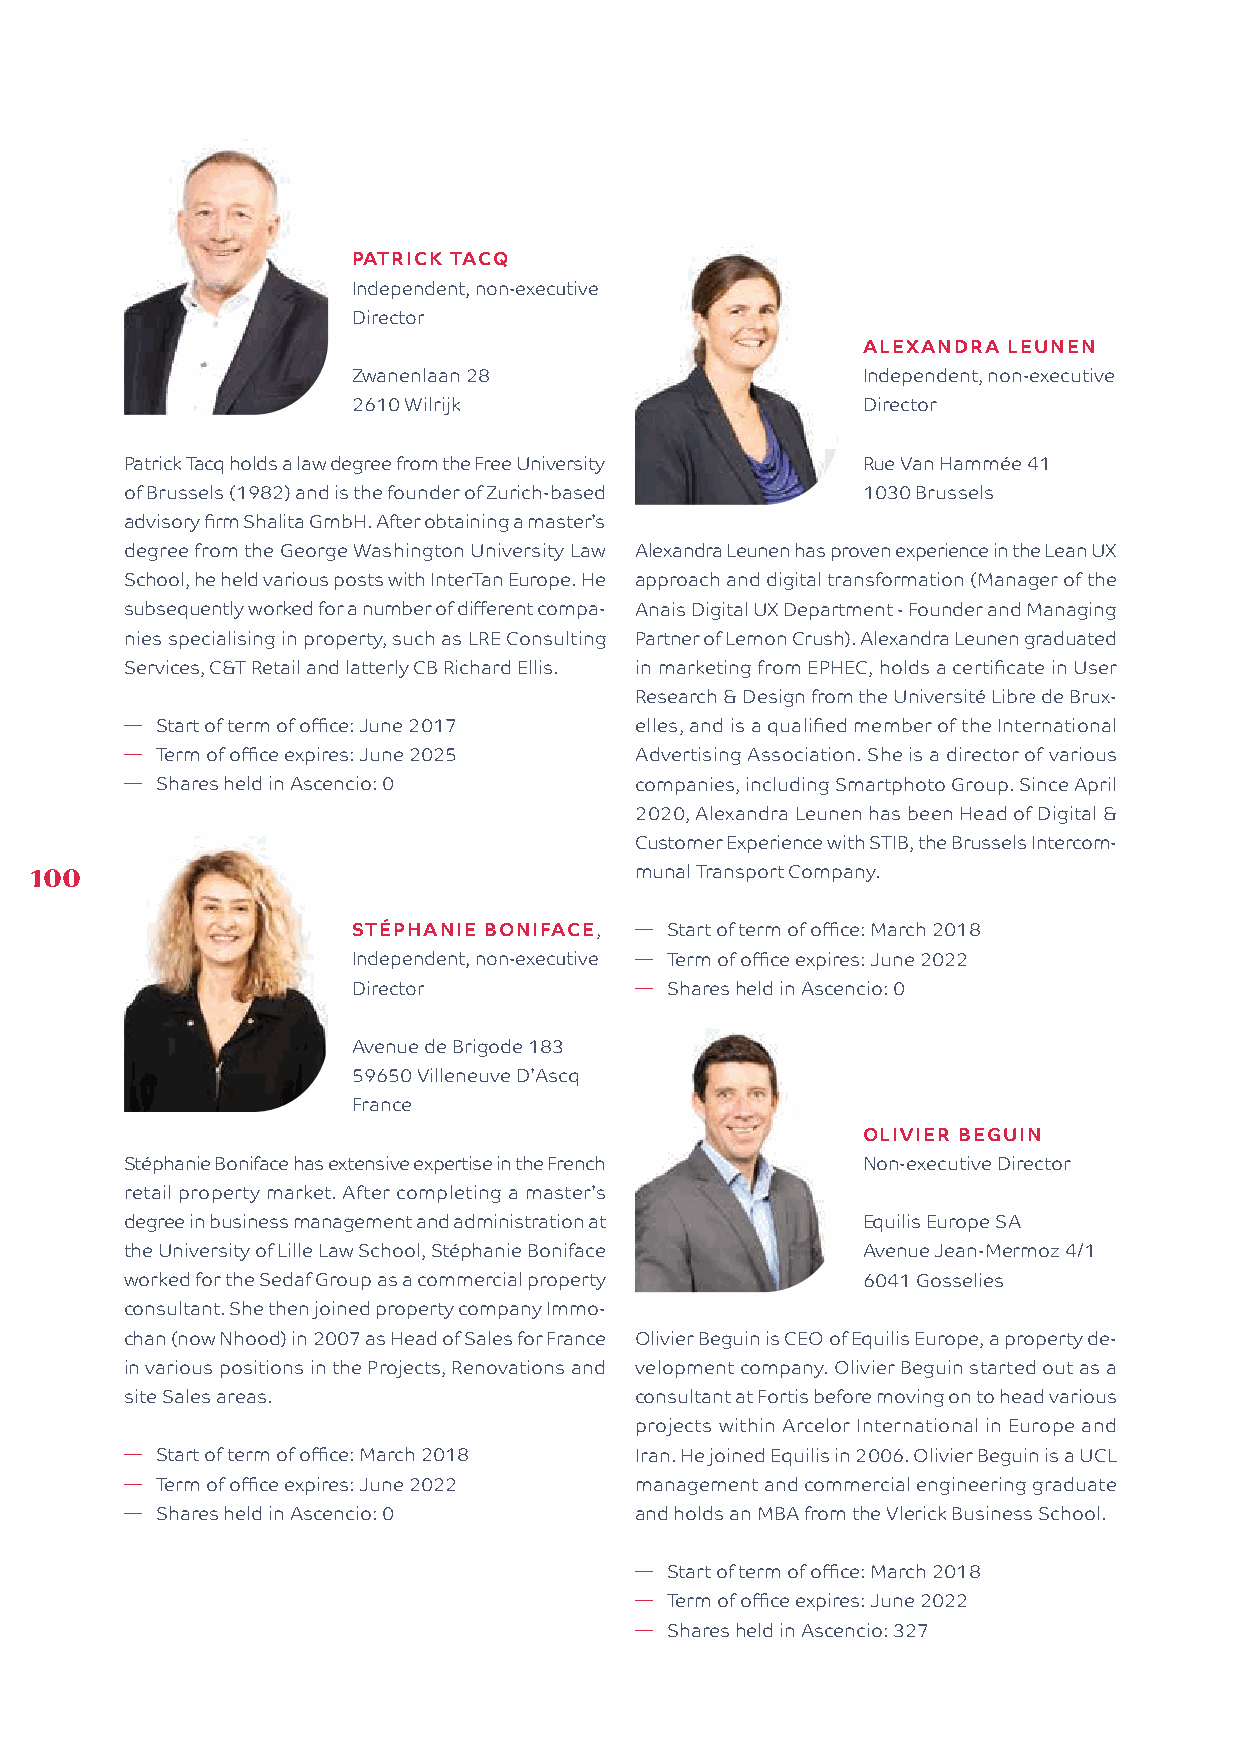
PATRICK TACQ
 Independent, non-executive
 Director
 ALEXANDRA LEUNEN
 Zwanenlaan 28                     Independent, non-executive
 2610 Wilrijk                      Director
 Patrick Tacq holds a law degree from the Free University Rue Van Hammée 41
 of Brussels (1982) and is the founder of Zurich-based 1030 Brussels
 advisory firm Shalita GmbH. After obtaining a master’s
 degree from the George Washington University Law Alexandra Leunen has proven experience in the Lean UX
 School, he held various posts with InterTan Europe. He approach and digital transformation (Manager of the
 subsequently worked for a number of different compa- Anais Digital UX Department - Founder and Managing
 nies specialising in property, such as LRE Consulting Partner of Lemon Crush). Alexandra Leunen graduated
 Services, C&T Retail and latterly CB Richard Ellis. in marketing from EPHEC, holds a certificate in User
 Research & Design from the Université Libre de Brux-
 � Start of term of office: June 2017 elles, and is a qualified member of the International
 � Term of office expires: June 2025 Advertising Association. She is a director of various
 � Shares held in Ascencio: 0      companies, including Smartphoto Group. Since April
 2020, Alexandra Leunen has been Head of Digital &
 Customer Experience with STIB, the Brussels Intercom-
 100                                     munal Transport Company.
 STÉPHANIE BONIFACE, � Start of term of office: March 2018
 Independent, non-executive � Term of office expires: June 2022
 Director           � Shares held in Ascencio: 0
 Avenue de Brigode 183
 59650 Villeneuve D’Ascq
 France
 OLIVIER BEGUIN
 Stéphanie Boniface has extensive expertise in the French Non-executive Director
 retail property market. After completing a master’s
 degree in business management and administration at Equilis Europe SA
 the University of Lille Law School, Stéphanie Boniface Avenue Jean-Mermoz 4/1
 worked for the Sedaf Group as a commercial property 6041 Gosselies
 consultant. She then joined property company Immo-
 chan (now Nhood) in 2007 as Head of Sales for France Olivier Beguin is CEO of Equilis Europe, a property de-
 in various positions in the Projects, Renovations and velopment company. Olivier Beguin started out as a
 site Sales areas.                 consultant at Fortis before moving on to head various
 projects within Arcelor International in Europe and
 � Start of term of office: March 2018 Iran. He joined Equilis in 2006. Olivier Beguin is a UCL
 � Term of office expires: June 2022 management and commercial engineering graduate
 � Shares held in Ascencio: 0      and holds an MBA from the Vlerick Business School.
 � Start of term of office: March 2018
 � Term of office expires: June 2022
 � Shares held in Ascencio: 327